Report on the treatment of epidemic cholera: from information collected by the governments of Bengal, Madras, Bombay, N.W. Provinces, Punjab, Oudh, and Central India, by order of the Government of India
Disease focus: Cholera
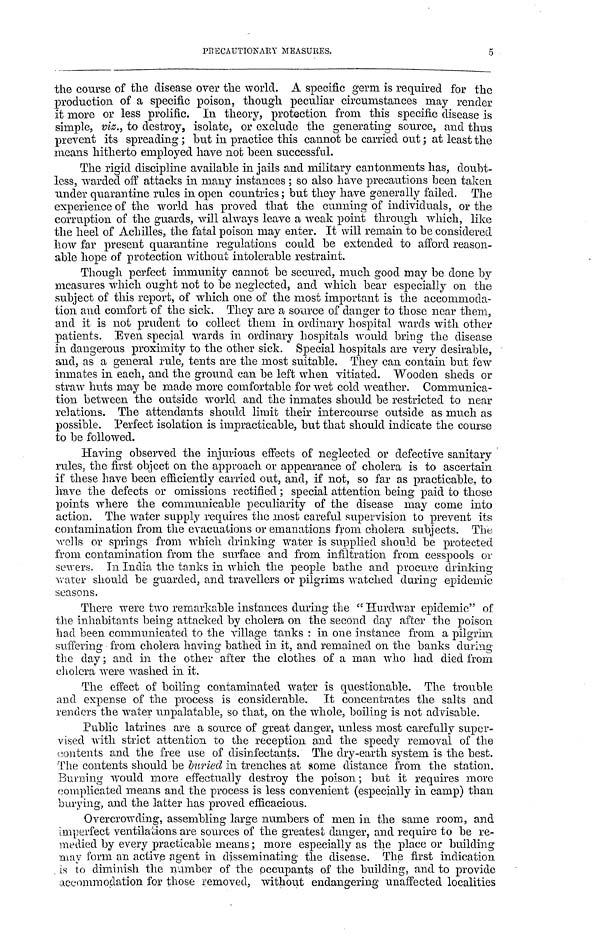
PRECAUTIONARY MEASURES.
5
the course of the disease over the world. A specific germ is required for the
production of a specific poison, though peculiar circumstances may render
it more or less prolific. In theory, protection from this specific disease is
simple, viz., to destroy, isolate, or exclude the generating source, and thus
prevent its spreading ; but in practice this cannot he carried out ; at least the
means hitherto employed have not been successful.
The rigid discipline available in jails and military cantonments has, doubt-
less, warded off attacks in many instances ; so also have precautions been taken
under quarantine rules in open countries ; but they have generally failed. The
experience of the world has proved that the cunning of individuals, or the
corruption of the guards, will always leave a weak point through which, like
the heel of Achilles, the fatal poison may enter. It will remain to be considered
how far present quarantine regulations could be extended to afford reason-
able hope of protection without intolerable restraint.
Though perfect immunity cannot be secured, much good may be done by
measures which ought not to be neglected, and which bear especially on the
subject of this report, of which one of the most important is the accommoda-
tion and comfort of the sick. They are a source of danger to those near them,
and it is not prudent to collect them in ordinary hospital wards with other
patients. Even special wards in ordinary hospitals would bring the disease
in dangerous proximity to the other sick. Special hospitals are very desirable,
and, as a general rule, tents are the most suitable. They can contain but few
inmates in each, and the ground can be left when vitiated. Wooden sheds or
straw huts may be made more comfortable for wet cold weather. Communica-
tion between the outside world and the inmates should be restricted to near
relations. The attendants should limit their intercourse outside as much as
possible. Perfect isolation is impracticable, but that should indicate the course
to be followed.
Having observed the injurious effects of neglected or defective sanitary
rules, the first object on the approach or appearance of cholera is to ascertain
if these have been efficiently carried out, and, if not, so far as practicable, to
have the defects or omissions rectified ; special attention being paid to those
points where the communicable peculiarity of the disease may come into
action. The water supply requires the most careful supervision to prevent its
contamination from the evacuations or emanations from cholera subjects. The
wells or springs from which drinking water is supplied should be protected
from contamination from the surface and from infiltration from cesspools or
sewers. In India the tanks in which the people bathe and procure drinking
water should be guarded, and travellers or pilgrims watched during epidemic
seasons.
There were two remarkable instances during the "Hurdwar epidemic" of
the inhabitants being attacked by cholera on the second day after the poison
had been communicated to the village tanks : in one instance from a pilgrim
suffering from cholera having bathed in it, and remained on the banks during
the day ; and in the other after the clothes of a man who had died from
cholera were washed in it.
The effect of boiling contaminated water is questionable. The trouble
and expense of the process is considerable. It concentrates the salts and
renders the water unpalatable, so that, on the whole, boiling is not advisable.
Public latrines are a source of great danger, unless most carefully super-
vised with strict attention to the reception and the speedy removal of the
contents and the free use of disinfectants. The dry-earth system is the best.
'The contents should be buried in trenches at some distance from the station.
Burning would more effectually destroy the poison ; but it requires more
complicated means and the process is less convenient (especially in camp) than
burying, and the latter has proved efficacious.
Overcrowding, assembling large numbers of men in the sanie room, and
imperfect ventilations are sources of the greatest danger, and require to be re-
medied by every practicable means ; more especially as the place or building
may form an active agent in disseminating the disease. The first indication
is to diminish the number of the occupants of the building, and to provide
accommodation for those removed, without endangering unaffected localities